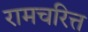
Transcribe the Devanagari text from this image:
रामचरित्त